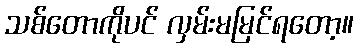
သစ်တောကိုပင် လှမ်းမမြင်ရတော့။